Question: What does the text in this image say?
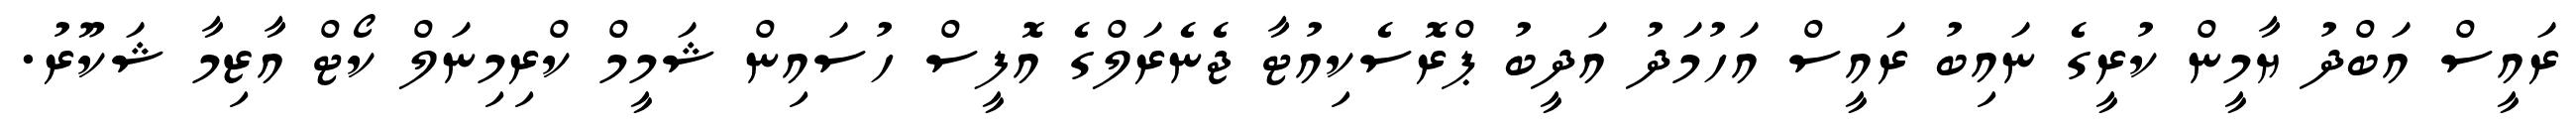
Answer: ރައީސް އަބްދު ޔާމީން ކުރީގެ ނައިބު ރައީސް އަހުމަދު އަދީބު ޕްރޮސެކިއުޓާ ޖެނެރަލްގެ އޮފީސް ހުސައިން ޝަމީމް ކްރިމިނަލް ކޯޓް އާޒިމާ ޝަކޫރު.